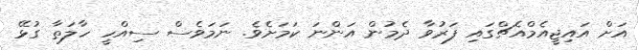
އަށް އައިޖީއެމްއެޗްގައި ފަރުވާ ދެމުން އަންނަ ކަމަށެވެ. ނަމަވެސް ސިއްހީ ހާލަތާ ގުޅޭ